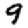
Digit: 9